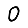
Digit: 0